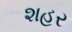
શહર